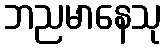
ဘညမာနေသု